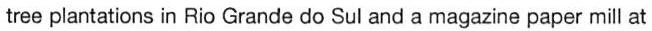
tree plantations in Rio Grande do Sul and a magazine paper mill at